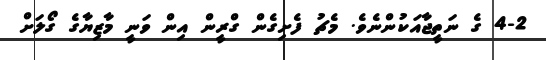
4-2 ގެ ނަތީޖާއަކުންނެވެ. މެޗު ފެށިގެން ގްރީން އިން ވަނީ މާޒިޔާގެ ގޯލަށް